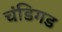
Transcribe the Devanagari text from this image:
चंडिगड